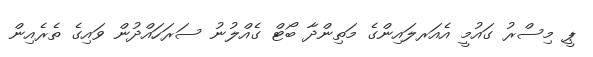
ޕީ މިސްރު ގައުމީ އެއަރލައިންގެ މަތިންދާ ބޯޓް ގެއްލުނު ސަރަހައްދުން ވައިގެ ތެރެއިން